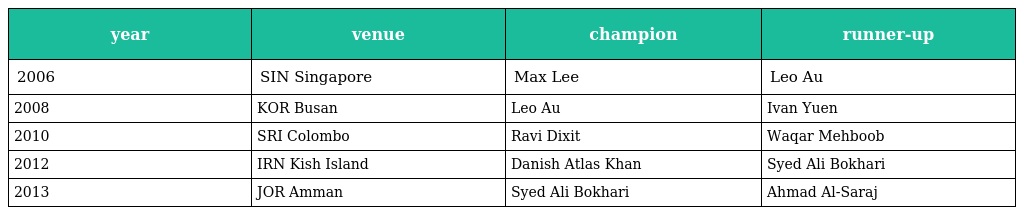
| year | venue | champion | runner-up |
 | --- | --- | --- | --- |
 | 2006 | SIN Singapore | Max Lee | Leo Au |
 | 2008 | KOR Busan | Leo Au | Ivan Yuen |
 | 2010 | SRI Colombo | Ravi Dixit | Waqar Mehboob |
 | 2012 | IRN Kish Island | Danish Atlas Khan | Syed Ali Bokhari |
 | 2013 | JOR Amman | Syed Ali Bokhari | Ahmad Al-Saraj |